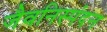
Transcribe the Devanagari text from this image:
जैवनिस्पंदन